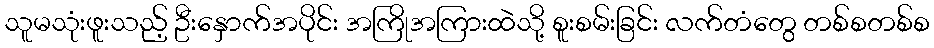
သူမသုံးဖူးသည့် ဦးနှောက်အပိုင်း အကြိုအကြားထဲသို့ စူးစမ်းခြင်း လက်တံတွေ တစ်စတစ်စ